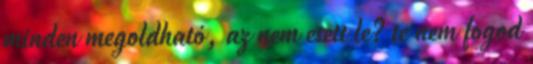
minden megoldható, az nem esett le? te nem fogod